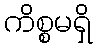
ကိစ္စမရှိ